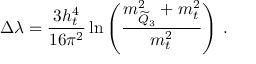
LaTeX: \Delta \lambda = \frac { 3 h _ { t } ^ { 4 } } { 1 6 \pi ^ { 2 } } \ln \left( \frac { m _ { \widetilde Q _ { 3 } } ^ { 2 } + m _ { t } ^ { 2 } } { m _ { t } ^ { 2 } } \right) \, .